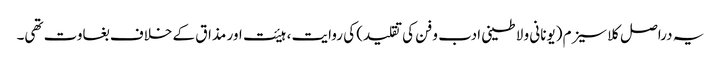
یہ دراصل کلاسیزم (یونانی و لاطینی ادب و فن کی تقلید) کی روایت ، ہیئت اور مذاق کے خلاف بغاوت تھی۔